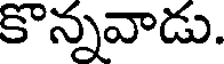
కొన్నవాడు.